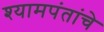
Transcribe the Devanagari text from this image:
श्यामपंतांचे